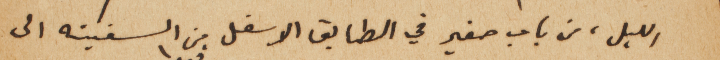
الليل، من باب صغير في الطابق الاسفل من السفينه الى